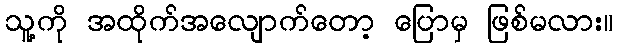
သူ့ကို အထိုက်အလျောက်တော့ ပြောမှ ဖြစ်မလား။